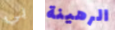
بي الرهينة